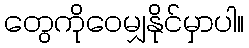
တွေကိုဝေမျှနိုင်မှာပါ။